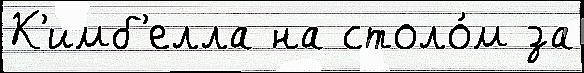
К'имб'елла на столо́м за